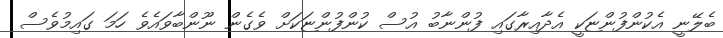
ބެލޭނީ އެކުންފުންޏަކީ އެދާއިރާގައި ފުންނާބު އުސް ކުންފުންޏަކަށް ވެގެން ނޫންބާވައެވެ ހަމަ ގައިމުވެސް